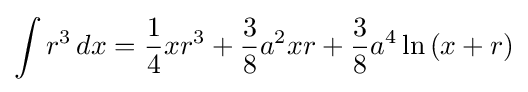
\int r^{3}\,dx={\frac {1}{4}}xr^{3}+{\frac {3}{8}}a^{2}xr+{\frac {3}{8}}a^{4}\ln \left(x+r\right)